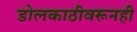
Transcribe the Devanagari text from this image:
डोलकाठीवरूनही